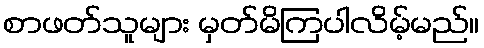
စာဖတ်သူများ မှတ်မိကြပါလိမ့်မည်။